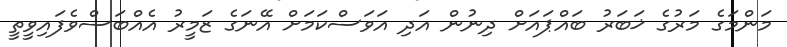
މަންމަގެ މަރުގެ ޚަބަރު ބައްޕައަށް ދިނުން އަދި އަވަސްކަމަށް އޭނަގެ ޒަމީރު އެއްބަސްވެފައިވީތީ